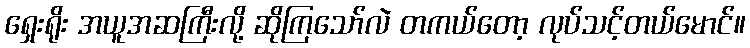
ရှေးရိုး အယူအဆကြီးလို့ ဆိုကြသော်လဲ တကယ်တော့ လုပ်သင့်တယ်မောင်။